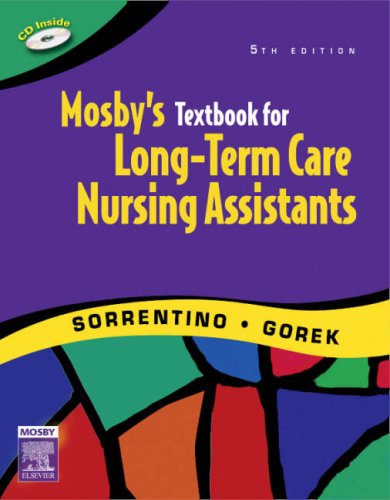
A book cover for Mosby's Textbook for Long-Term Care Nursing Assistants, 5e; Sheila A. Sorrentino PhD  RN; Medical Books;